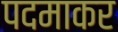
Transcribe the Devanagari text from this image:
पदमाकर